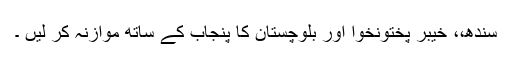
سندھ،، خیبر پختونخوا اور بلوچستان کا پنجاب کے ساتھ موازنہ کر لیں ۔